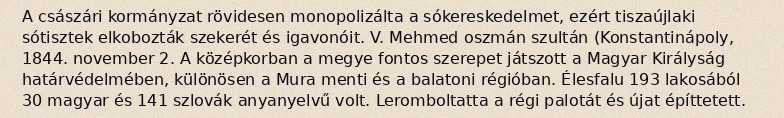
A császári kormányzat rövidesen monopolizálta a sókereskedelmet, ezért tiszaújlaki sótisztek elkobozták szekerét és igavonóit. V. Mehmed oszmán szultán (Konstantinápoly, 1844. november 2. A középkorban a megye fontos szerepet játszott a Magyar Királyság határvédelmében, különösen a Mura menti és a balatoni régióban. Élesfalu 193 lakosából 30 magyar és 141 szlovák anyanyelvű volt. Leromboltatta a régi palotát és újat építtetett.